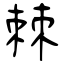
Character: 棘